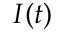
I ( t )